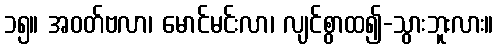
၁၅။ အဝတ်ဗလာ၊ မောင်မင်းလာ၊ လျင်စွာထ၍-သွားဘူးလား။